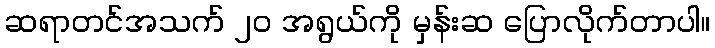
ဆရာတင်အသက် ၂၀ အရွယ်ကို မှန်းဆ ပြောလိုက်တာပါ။